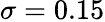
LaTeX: \sigma=0.15